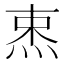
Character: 𰞡